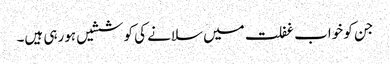
جن کو خواب غفلت میں سلانے کی کوششیں ہورہی ہیں۔